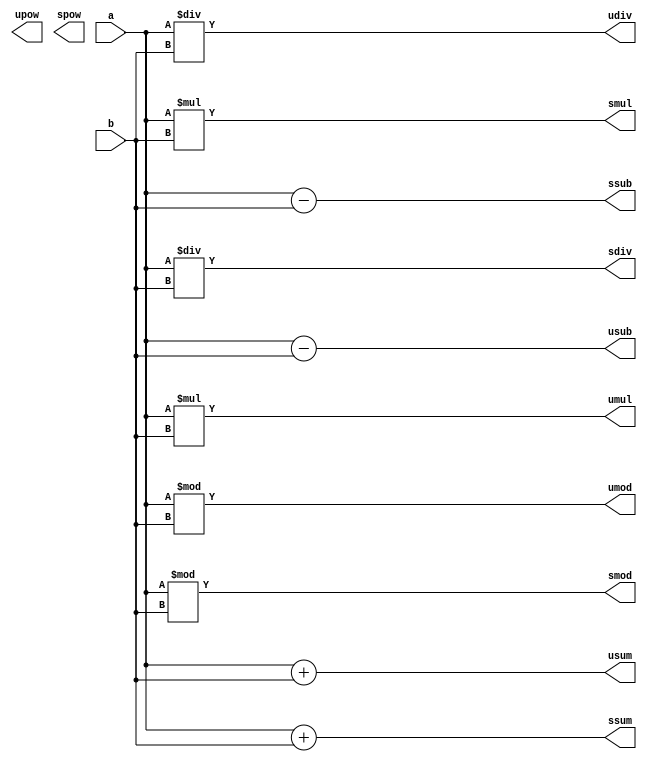

module arith (input [7:0] a, input [7:0] b,
  output [7:0] usum,
  output [7:0] ssum,
  output [7:0] usub,
  output [7:0] ssub,
  output [7:0] umul,
  output [7:0] smul,
  output [7:0] udiv,
  output [7:0] sdiv,
  output [7:0] umod,
  output [7:0] smod,
  output [7:0] upow,
  output [7:0] spow
);


  assign usum =          a + b;
  assign ssum = $signed(a) + $signed(b);

  assign usub =          a - b;
  assign ssub = $signed(a) - $signed(b);

  assign umul =          a * b;
  assign smul = $signed(a) * $signed(b);

  assign udiv =          a / b;
  assign sdiv = $signed(a) / $signed(b);

  assign umod =          a % b;
  assign smod = $signed(a) % $signed(b);

//  assign upow =          a **b;
//  assign spow = $signed(a) **$signed(b);

endmodule